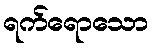
ရက်ရောသော